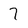
Character: 7